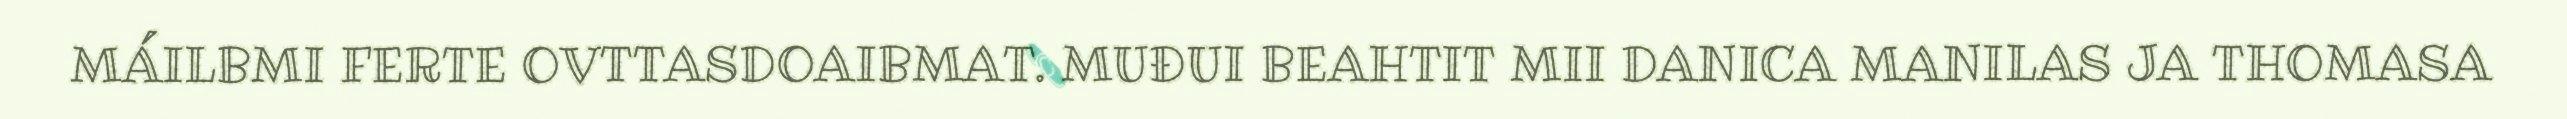
MÁILBMI FERTE OVTTASDOAIBMAT. MUĐUI BEAHTIT MII DANICA MANILAS JA THOMASA